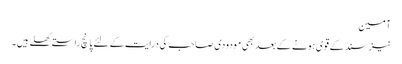
آمین
نیز سند کے قوی ہونے کے بعد بھی مودودی صاحب کی درایت کے لئے پانچ راستےکھلے ہیں۔